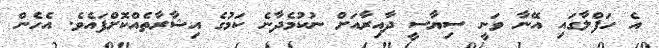
އެ ހަފްލާގައި އޭނާ ވަނީ ސިޔާސީ ދާއިރާއަށް ނުކުމެދާނެ ކަމުގެ އިޝާރާތެއްކޮށްފައެވެ. އެހެން